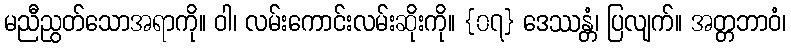
မညီညွတ်သောအရာကို။ ဝါ၊ လမ်းကောင်းလမ်းဆိုးကို။ {၀၇} ဒေဿန္တံ၊ ပြလျက်။ အတ္တဘာဝံ၊